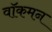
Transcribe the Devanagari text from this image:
वॉकमन